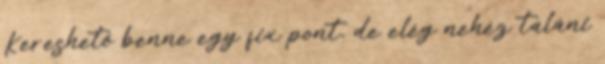
Kereshető benne egy fix pont, de elég nehéz taláni